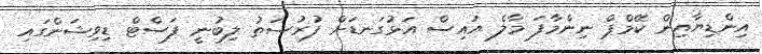
އިންޑިޔާއިން ކޭމްޕް ނިންމާފަ މާލެ އައިސް އަޅުގަނޑަށް ފުރުސަތު ލިބުނީ ފަސްޓް ޑިވިޝަންގައި